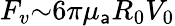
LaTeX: F_{v}{\sim}6{\pi}{\mu}_{\mathsf{a}}R_{0}V_{0}